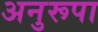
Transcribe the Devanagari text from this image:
अनुरूपा